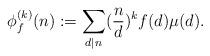
LaTeX: \begin{align*}\phi^{(k)}_{f}(n):=\sum_{d\mid n}(\frac{n}{d})^{k}f(d)\mu(d).\end{align*}